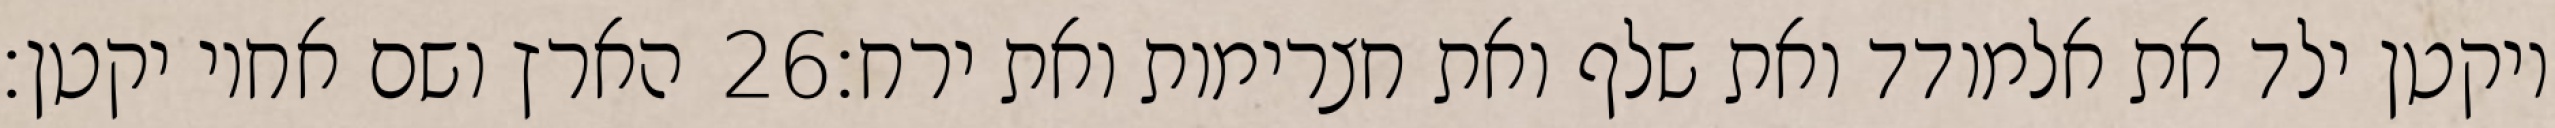
הארץ ושם אחיו יקטן׃ ‎26‏ ויקטן ילד את אלמודד ואת שלף ואת חצרימות ואת ירח׃